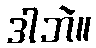
ဒါဘဲ။